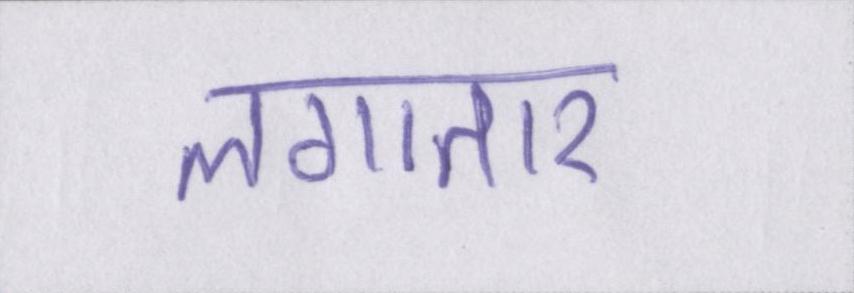
लगातार